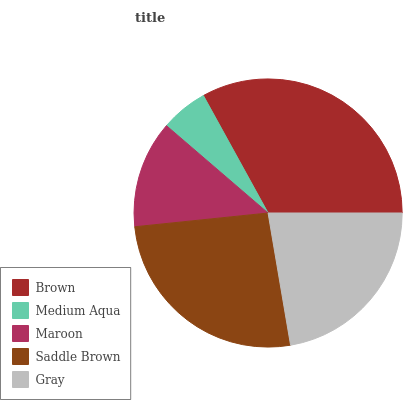
| Brown | Medium Aqua | Maroon | Saddle Brown | Gray |
 | --- | --- | --- | --- | --- |
 | 33% | 5.7% | 12.9% | 26.1% | 22.3% |